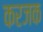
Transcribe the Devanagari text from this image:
करजक